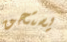
يستحق